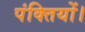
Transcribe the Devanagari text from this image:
पंक्तियों।